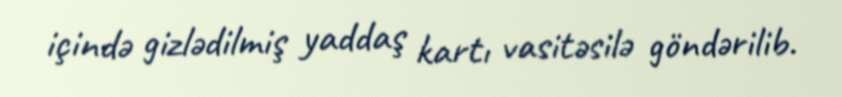
içində gizlədilmiş yaddaş kartı vasitəsilə göndərilib.